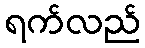
ရက်လည်